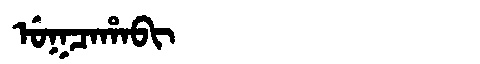
Manchu: ᡠᡴᠴᠠᡥᠠᠪᡳ
Romanization: UKCAHABI